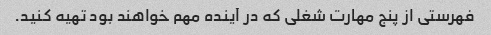
فهرستی از پنج مهارت شغلی که در آینده مهم خواهند بود تهیه کنید.